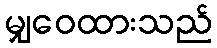
မျှဝေထားသည်